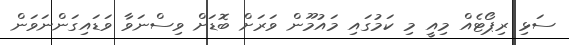
ސަޅި ރިޕޯޓެއް މިއީ މި ކަމުގައި މައުމޫން ވަރަށް ބޮޑަށް ވިސްނަވާ ވަޑައިގަންނަވަން